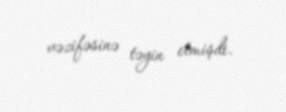
vəzifəsinə təyin etmişdi.